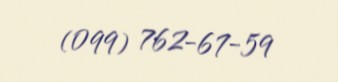
(099) 762-67-59